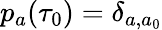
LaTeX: p_{a}(\tau_{0})=\delta_{a,a_{0}}